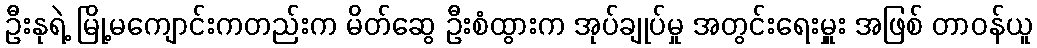
ဦးနုရဲ့ မြို့မကျောင်းကတည်းက မိတ်ဆွေ ဦးစံထွားက အုပ်ချုပ်မှု အတွင်းရေးမှူး အဖြစ် တာဝန်ယူ